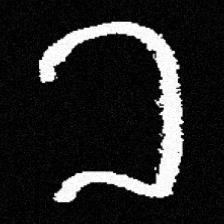
Pyu character \u2014 Myanmar letter: ခ (romanized: kha)